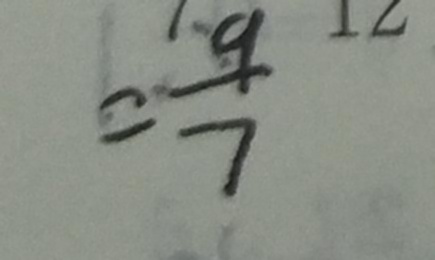
= \frac { 9 } { 7 }